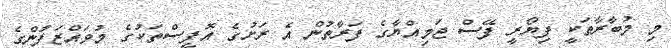
މި މުބާރާތަކީ ފިޔޯރީ ފޭސް ޖަމިއްޔާގެ ފަރާތުން އެ ރަށުގެ އޮފީސްތަކުގެ މުވައްޒަފުންގެ